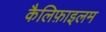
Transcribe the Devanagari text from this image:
कैलिफ़ाइलम